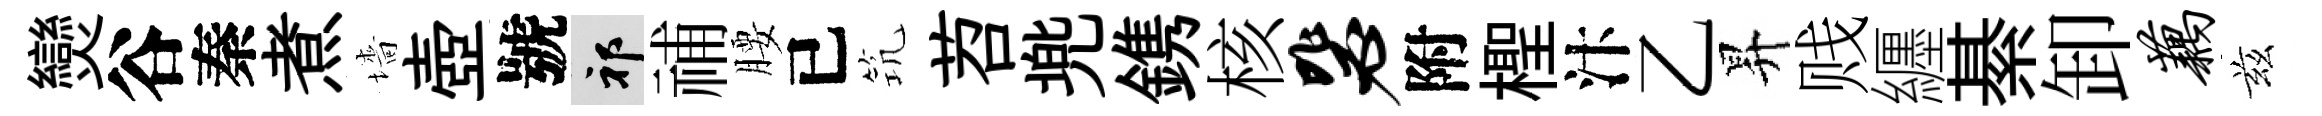
𤓖谷秦煮墻壺號祁𥙷腰已𥬑苕兠鎸核毖附檉汴乙昇贱纒綦卸藕兹